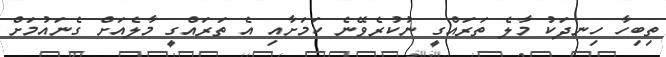
ތިބިހާ ހިނދަކު މާލެ ތަރައްގީ ނުކުރެވޭނެ ކަމަށާއި އެ ތަރައްގީ މާލެއަށް ގެނައުމަށް